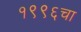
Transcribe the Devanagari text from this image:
१९९६चा